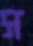
স